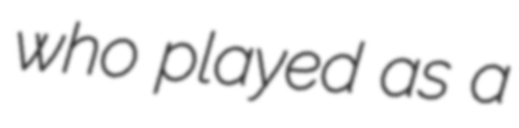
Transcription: who played as a